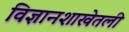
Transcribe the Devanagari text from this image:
विज्ञानशाखेतली